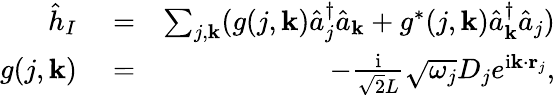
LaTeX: \begin{array}{rlr}{\hat{h}_{I}}&{{}=}&{\sum_{j,{\mathbf k}}(g(j,{\mathbf k})\hat{a}_{j}^{\dagger}\hat{a}_{{\mathbf k}}+g^{*}(j,{\mathbf k})\hat{a}_{{\mathbf k}}^{\dagger}\hat{a}_{j})}\\ {g(j,{\mathbf k})}&{{}=}&{-\frac{\mathrm{i}}{\sqrt{2}L}\sqrt{\omega_{j}}D_{j}e^{\mathrm{i}{\mathbf k}\cdot{\mathbf r}_{j}},}\end{array}